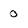
Character: 0